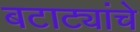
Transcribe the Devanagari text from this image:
बटाट्यांचे